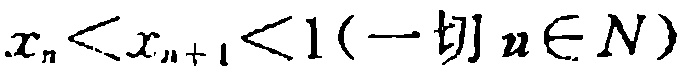
$x_{n}<x_{n + 1}<1(\text{一切}n\in N)$